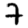
Digit: 7